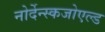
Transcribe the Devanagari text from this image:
नोर्देन्स्कजोएल्ड